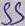
Text: SS